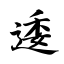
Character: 逶